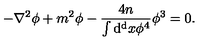
- \nabla ^ { 2 } \phi + m ^ { 2 } \phi - { \frac { 4 n } { \int \mathrm { d ^ { d } } x \phi ^ { 4 } } } \phi ^ { 3 } = 0 .